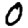
Digit: 0